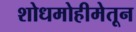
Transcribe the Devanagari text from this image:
शोधमोहीमेतून